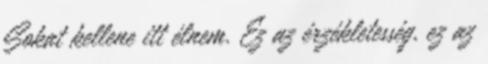
Sokat kellene itt élnem. Ez az érzékletesség, ez az